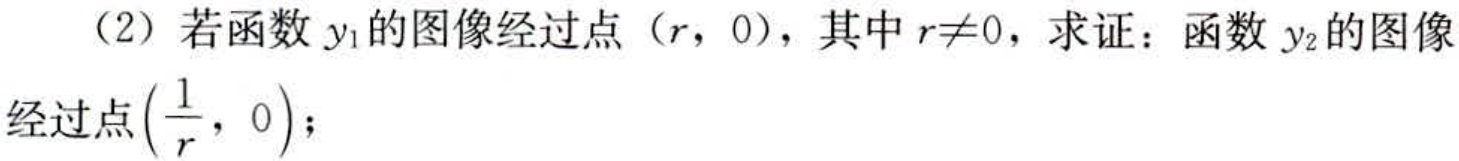
（2）若函数\(y_{1}\)的图像经过点\((r,0)\)，其中\(r\neq0\)，求证：函数\(y_{2}\)的图像经过点\((\frac{1}{r},0)\)；